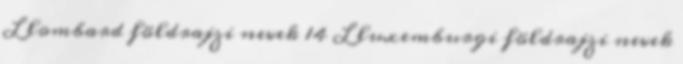
L lombard földrajzi nevek‎ 14 L luxemburgi földrajzi nevek‎